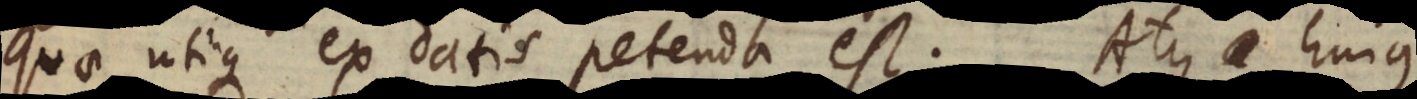
quae utique ex datis petenda est. Atque hujus